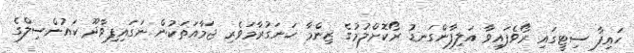
ހައިފާ ސިޓީގައި ރޯވެފައިވާ އަލިފާންގަނޑު ރޯކޮށްލުމުގެ ޒިންމާ ހަނަގުރާމަވެރި ޖަމާއަތަކުން ނަގަައިފިވާދޫ ކައުންސިލްގެ